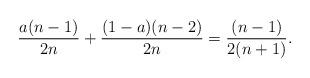
LaTeX: \begin{align*}\frac{a(n-1)}{2n} + \frac{(1-a) (n-2)}{2n} = \frac{(n-1)}{2(n+1)}.\end{align*}